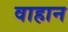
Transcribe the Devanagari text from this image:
वाहान